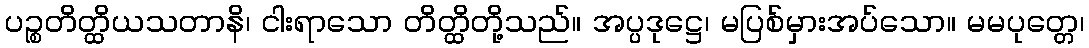
ပဉ္စတိတ္ထိယသတာနိ၊ ငါးရာသော တိတ္ထိတို့သည်။ အပ္ပဒုဋ္ဌေ၊ မပြစ်မှားအပ်သော။ မမပုတ္တေ၊